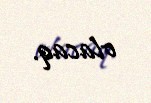
olacaq.